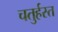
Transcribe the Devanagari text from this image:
चतुर्हस्त